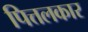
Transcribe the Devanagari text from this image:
पित्तलकार